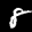
Label: 8